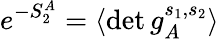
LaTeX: e^{-S_{2}^{A}}=\langle\operatorname*{det}g_{A}^{s_{1},s_{2}}\rangle